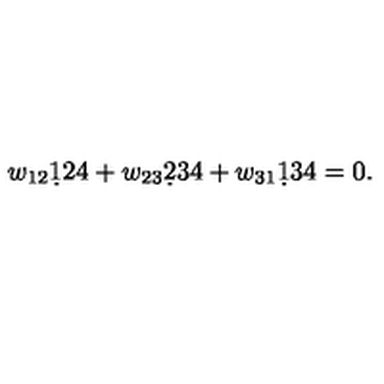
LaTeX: w _ { 1 2 } \d 1 2 4 + w _ { 2 3 } \d 2 3 4 + w _ { 3 1 } \d 1 3 4 = 0 .